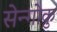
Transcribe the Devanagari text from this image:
सेन्गोकु